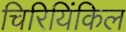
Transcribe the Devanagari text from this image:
चिरियिंकिल